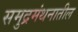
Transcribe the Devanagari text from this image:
समुद्रमंथनातील